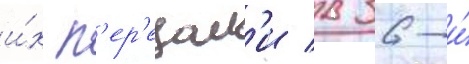
и́х п'ер'едал'и в 36-и́